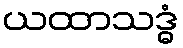
ယထာသဒ္ဓံ